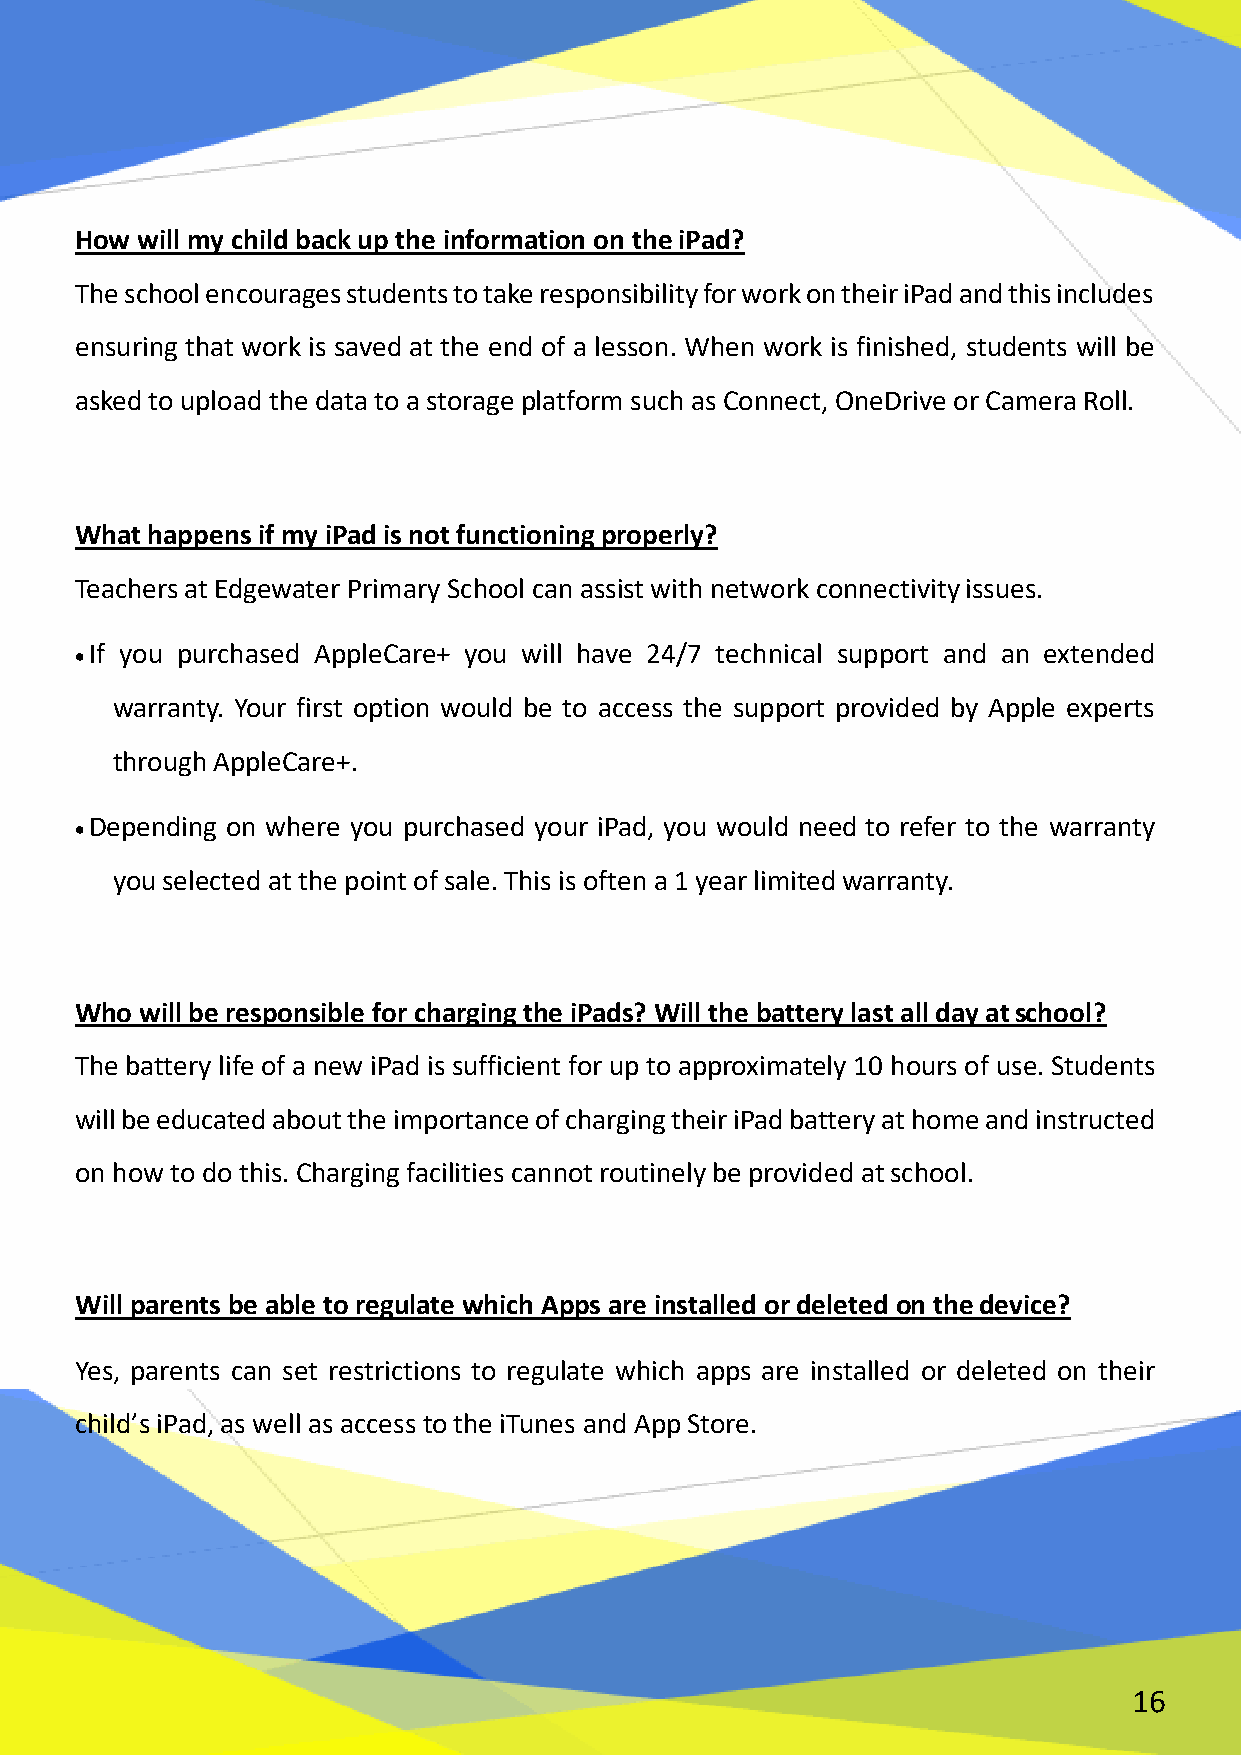
How will my child back up the information on the iPad?
 The school encourages students to take responsibility for work on their iPad and this includes
 ensuring that work is saved at the end of a lesson. When work is finished, students will be
 asked to upload the data to a storage platform such as Connect, OneDrive or Camera Roll.
 What happens if my iPad is not functioning properly?
 Teachers at Edgewater Primary School can assist with network connectivity issues.
  If you purchased AppleCare+ you will have 24/7 technical support and an extended
 warranty. Your first option would be to access the support provided by Apple experts
 through AppleCare+.
  Depending on where you purchased your iPad, you would need to refer to the warranty
 you selected at the point of sale. This is often a 1 year limited warranty.
 Who will be responsible for charging the iPads? Will the battery last all day at school?
 The battery life of a new iPad is sufficient for up to approximately 10 hours of use. Students
 will be educated about the importance of charging their iPad battery at home and instructed
 on how to do this. Charging facilities cannot routinely be provided at school.
 Will parents be able to regulate which Apps are installed or deleted on the device?
 Yes, parents can set restrictions to regulate which apps are installed or deleted on their
 child’s iPad, as well as access to the iTunes and App Store.
 16